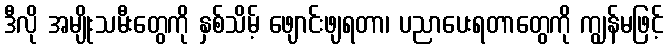
ဒီလို အမျိုးသမီးတွေကို နှစ်သိမ့် ဖျောင်းဖျရတာ၊ ပညာပေးရတာတွေကို ကျွန်မဖြင့်